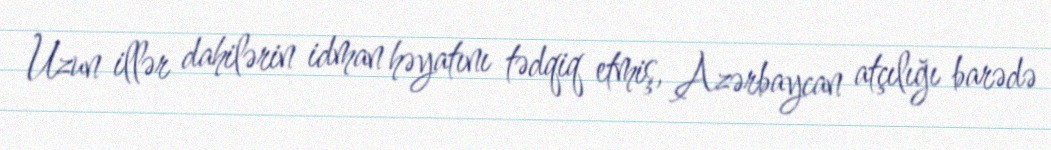
Uzun illər dahilərin idman həyatını tədqiq etmiş, Azərbaycan atçılığı barədə